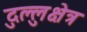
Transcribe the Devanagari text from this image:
दुल्लुक्षेत्र